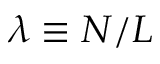
\lambda \equiv N / L